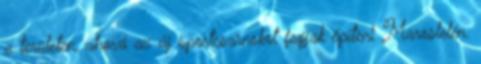
a területen, ahová az új sportcsarnokot fogják építeni Maroslelén.